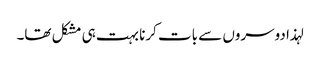
لہذا دوسروں سے بات کرنا بہت ہی مشکل تھا۔